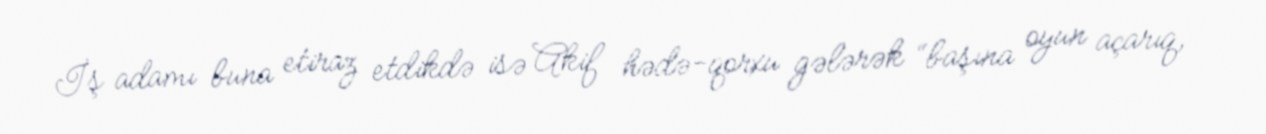
İş adamı buna etiraz etdikdə isə Akif hədə-qorxu gələrək “başına oyun açarıq,